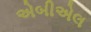
એબીએલ